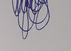
Signature authenticity: genuine